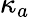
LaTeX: \kappa_{a}